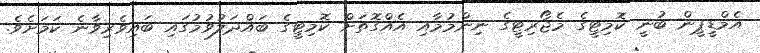
އެމްޑީޕީން ބުނީ ކޮމިޓީގެ މެޖޯރިޓީގެ ނިންމުމާއި އެއްގޮތަށް ކޮމިޓީގެ ބައްދަލުވުމުގައި ބައިވެރިވާނެ ކަމަށެވެ.